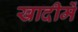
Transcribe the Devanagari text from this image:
खादीमें